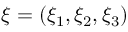
\boldsymbol { \xi } = ( \xi _ { 1 } , \xi _ { 2 } , \xi _ { 3 } )